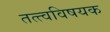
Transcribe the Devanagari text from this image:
तत्त्वविषयक